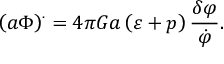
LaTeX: \left( a \Phi \right) ^ { . } = 4 \pi G a \left( \varepsilon + p \right) \frac { \delta \varphi } { \dot { \varphi } } .